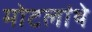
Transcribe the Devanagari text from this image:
मोटलांथे